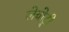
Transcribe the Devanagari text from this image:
लेबोट्री